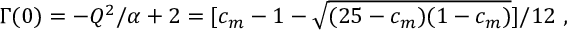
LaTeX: \Gamma ( 0 ) = - Q ^ { 2 } / \alpha + 2 = [ c _ { m } - 1 - \sqrt { ( 2 5 - c _ { m } ) ( 1 - c _ { m } ) } ] / 1 2 \ ,